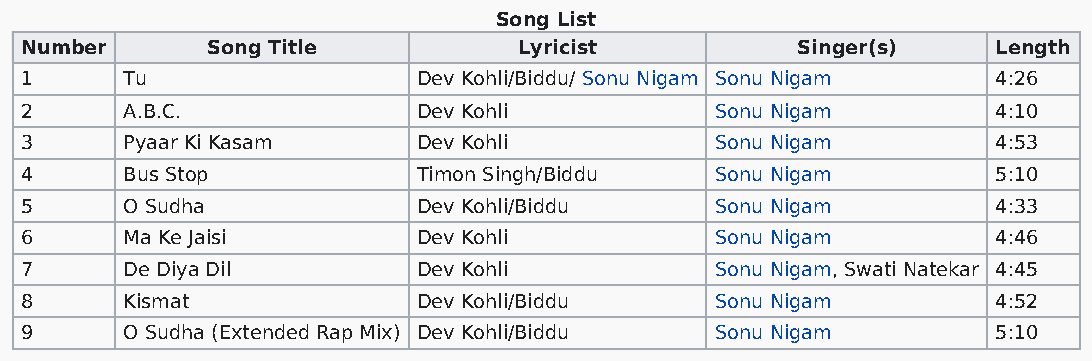
Song List
 Number       Song Title          Lyricist           Singer(s)    Length
 1      Tu                  Dev Kohli/Biddu/ Sonu Nigam Sonu Nigam 4:26
 2      A.B.C.              Dev Kohli          Sonu Nigam         4:10
 3      Pyaar Ki Kasam      Dev Kohli          Sonu Nigam         4:53
 4      Bus Stop            Timon Singh/Biddu  Sonu Nigam         5:10
 5      O Sudha             Dev Kohli/Biddu    Sonu Nigam         4:33
 6      Ma Ke Jaisi         Dev Kohli          Sonu Nigam         4:46
 7      De Diya Dil         Dev Kohli          Sonu Nigam, Swati Natekar 4:45
 8      Kismat              Dev Kohli/Biddu    Sonu Nigam         4:52
 9      O Sudha (Extended Rap Mix) Dev Kohli/Biddu Sonu Nigam     5:10